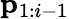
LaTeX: \mathbf{p}_{1:i-1}